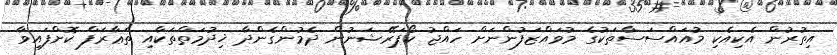
އިތުރުން އެކިއެކި މުއައްސަސާތަކުގެ މުވައްޒަފުންނަށް ހައްޖު ކޯޕަރޭޝަނުން ދެމުންގެންދާ ޚިދުމަތްތަކާއި ތަޢާރަފް ކޮށްފައިވާ